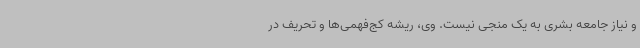
و نیاز جامعه بشری به یک منجی نیست. وی، ریشه کج‌فهمی‌ها و تحریف در